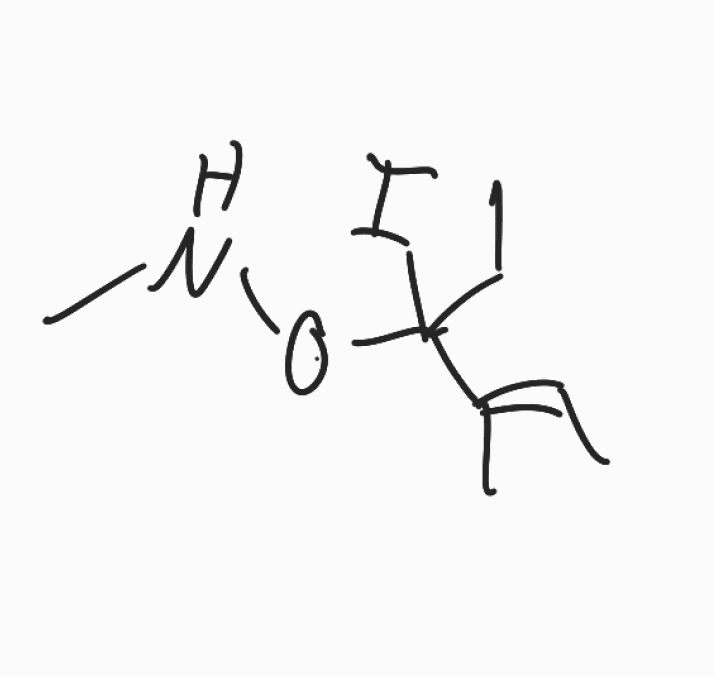
Simplified molecular-input line-entry system (SMILES) notation of the given molecule:
CCC(/C(=C/C)/C)(ONC)I